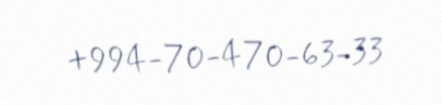
+994-70-470-63-33